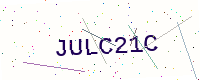
Text: JULC21C